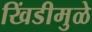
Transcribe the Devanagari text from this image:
खिंडीमुळे